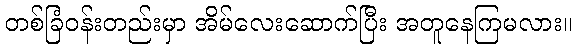
တစ်ခြံဝန်းတည်းမှာ အိမ်လေးဆောက်ပြီး အတူနေကြမလား။